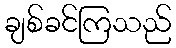
ချစ်ခင်ကြသည်